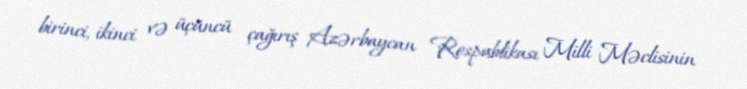
birinci, ikinci və üçüncü çağırış Azərbaycan Respublikası Milli Məclisinin